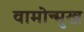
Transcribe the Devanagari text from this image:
वामोन्मुख